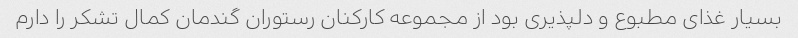
بسیار غذای مطبوع و دلپذیری بود از مجموعه کارکنان رستوران گندمان کمال تشکر را دارم